Indian journal of veterinary science and animal husbandry - Volume 5,
Year: 1935
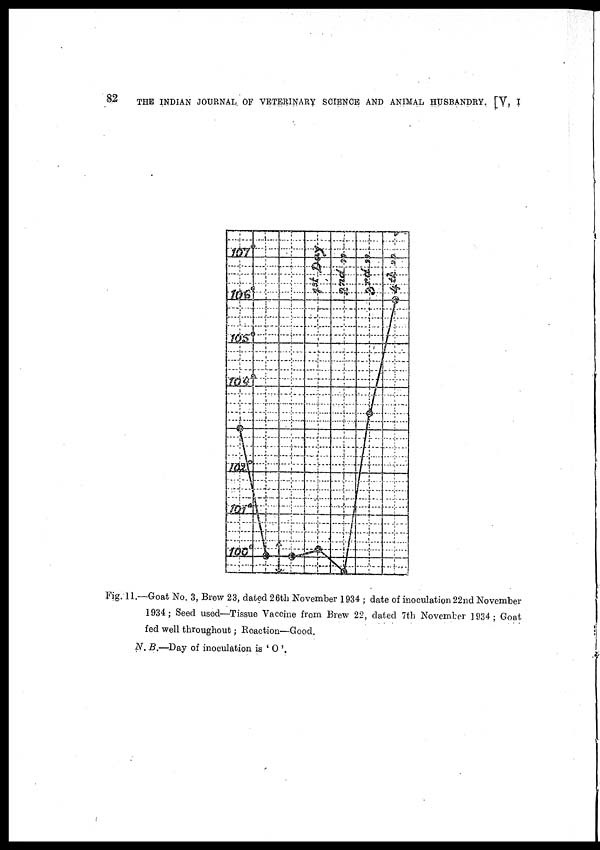
82 THE INDIAN JOURNAL OF VETERINARY SCIENCE AND ANIMAL HUSBANDRY. [V, I
Fig. 11.—Goat No. 3, Brew 23, dated 26th November 1934 ; date of inoculation 22nd November
1934 ; Seed used—Tissue Vaccine from Brew 22, dated 7th November 1934; Goat
fed well throughout; Reaction—Good.
N. B.—Day of inoculation is ' O '.